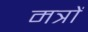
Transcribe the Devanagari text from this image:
मत्रों